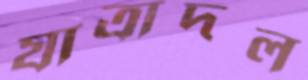
যাত্রাদল